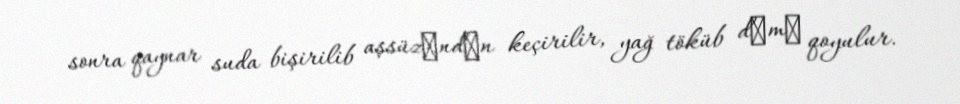
sonra qaynar suda bişirilib aşsüzәndәn keçirilir, yağ töküb dәmә qoyulur.